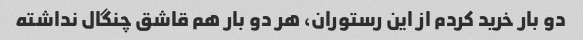
دو بار خرید کردم از این رستوران، هر دو بار هم قاشق چنگال نداشته